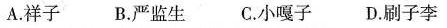
A.祥子 B.严监生 C.小嘎子 D.刷子李